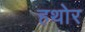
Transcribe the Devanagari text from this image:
हथोर